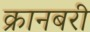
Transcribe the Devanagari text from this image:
क्रानबरी